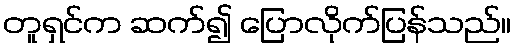
တူရှင်က ဆက်၍ ပြောလိုက်ပြန်သည်။